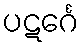
ပဋင်္ဂေ